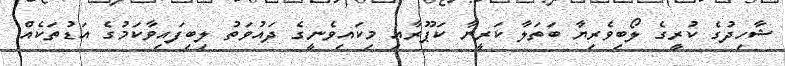
ޝާހިދުގެ ކުރީގެ ލޯބިވެރިޔާ ބަތަލާ ކަރީނާ ކަޕޫރާއި މިކައިވެނީގެ ދައުވަތު ލިބިފައިވާކަމުގެ އަޑުތަކެއް